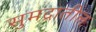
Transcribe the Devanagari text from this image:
सुमद्रातील